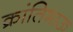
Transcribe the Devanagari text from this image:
क्रांतिभाऊ